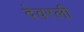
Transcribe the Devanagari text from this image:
देवरली